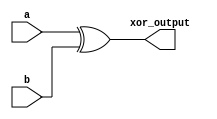
module xor_gate(a,b,xor_output);

input a,b;
output xor_output;
xor(xor_output,a,b);

endmodule